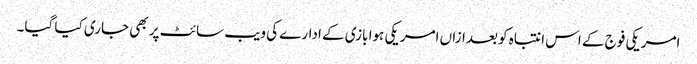
امریکی فوج کے اس انتباہ کو بعدازاں امریکی ہوا بازی کے ادارے کی ویب سائٹ پر بھی جاری کیا گیا۔